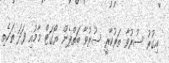
އިގުރު ސުރުވާ ތަރުކާރީ ސުރުވާ ބަތްޕެން ޔޯގަޓް މާމުއި ފަދަ ތަކެތި